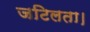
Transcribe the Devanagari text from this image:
जटिलता।